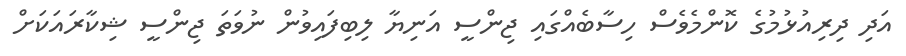
އަދި ދިރިއުޅުމުގެ ކޮންމެވެސް ހިސާބެއްގައި ޖިންސީ އަނިޔާ ލިބިފައިވުން ނުވަތަ ޖިންސީ ޝިކާރައަކަށް